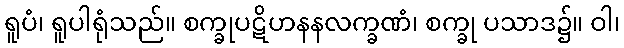
ရူပံ၊ ရူပါရုံသည်။ စက္ခုပဋိဟနနလက္ခဏံ၊ စက္ခု ပသာဒ၌။ ဝါ၊